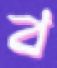
ব